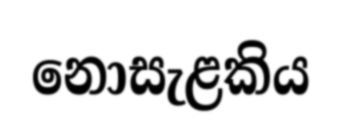
නොසැළකිය